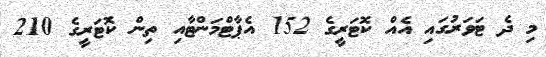
މި ދެ ޓަވަރުގައި އެއް ކޮޓަރީގެ 152 އެޕާޓްމަންޓާއި ތިން ކޮޓަރީގެ 210